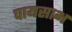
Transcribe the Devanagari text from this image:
पायसाभ